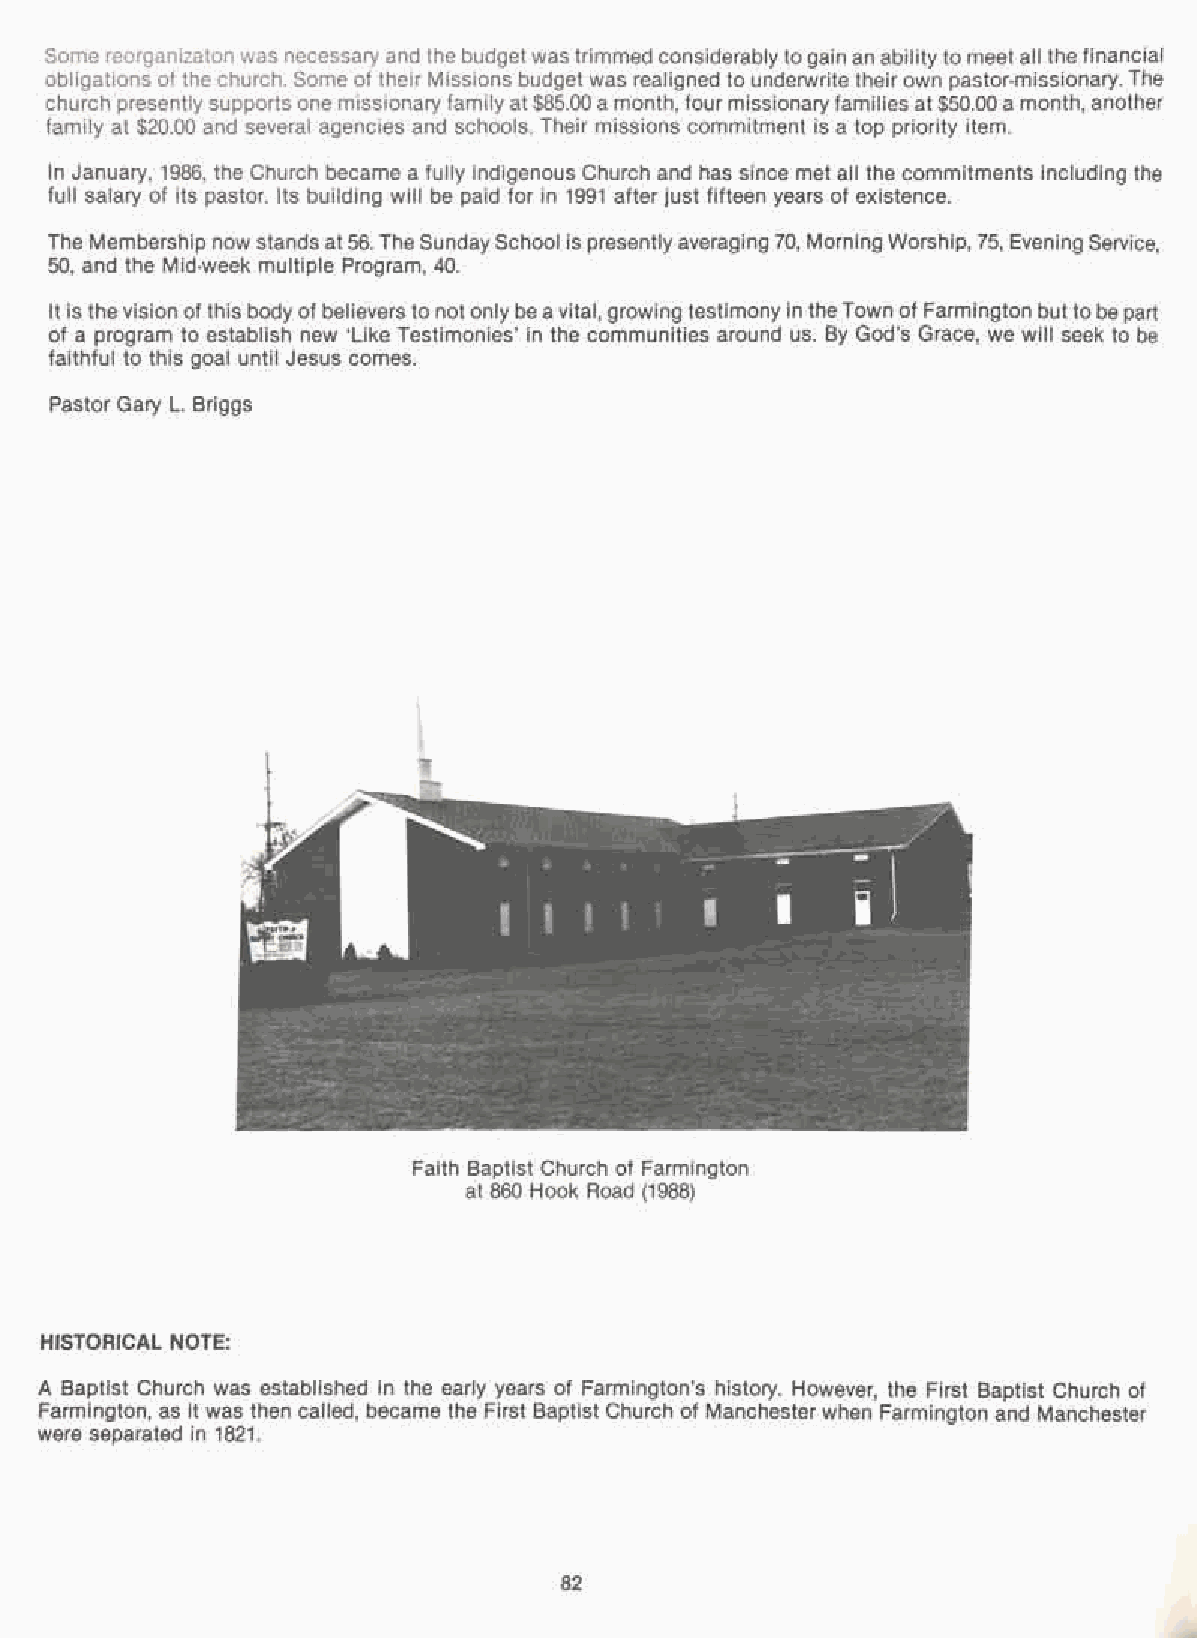
Some reorganizaton was necessary and the budgetwas trimmed considerably togain an abilityto meet all the financial
 obligations of the church. Some of their Missions budget was realigned to underwrite their own pastor-missionary. The
 church presentlysupports one missionary familyat $85.00 a month, four missionaryfamilies at $50.00a month, another
 family at $20.00 and several agencies and schools. Their missions commitment is a top priority item.
 In January, 1986, the Church became a fully indigenous Church and has since met all the commitments including the
 full salary of its pastor. Its building will be paid for in 1991 after just fifteen years of existence.
 The Membership now stands at56.TheSundaySchool is presentlyaveraging 70, Morning Worship, 75, Evening Service,
 50, and the Mid-week multiple Program, 40.
 It is thevision of this body of believers to not only beavital, growing testimony in theTown of Farmington butto be part
 of a program to establish new 'Like Testimonies' in the communities around us. By God's Grace, we will seek to be
 faithful to this goal until Jesus comes.
 Pastor Gary L. Briggs
 Faith Baptist Church of Farmington
 at 860 Hook Road (1988)
 HISTORICAL NOTE:
 A Baptist Church was established in the early years of Farmington's history. However, the First Baptist Church of
 Farmington, as it was then called, became the First Baptist Church of Manchester when Farmington and Manchester
 were separated in 1821.
 82